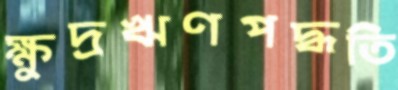
ক্ষুদ্রঋণপদ্ধতি